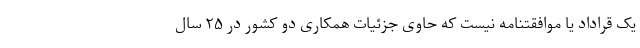
یک قراداد یا موافقتنامه نیست که حاوی جزئیات همکاری دو کشور در ۲۵ سال